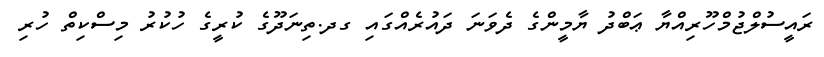
ރައީސުލްޖުމްހޫރިއްޔާ ޢަބްދު ޔާމީންގެ ދެވަނަ ދައުރެއްގައި ގދ.ތިނަދޫގެ ކުރީގެ ހުކުރު މިސްކިތް ހުރި